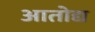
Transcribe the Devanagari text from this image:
आतोद्य